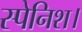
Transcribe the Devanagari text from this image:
स्पेनिश।